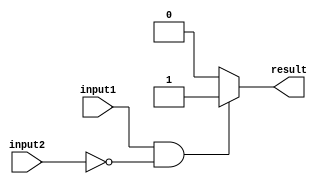
module conditional_assign (
    input input1,
    input input2,
    output reg result
);

always @(*) begin
    if (input1 == 1'b1 && input2 == 1'b0) begin
        result = 1'b1;
    end else begin
        result = 1'b0;
    end
end

endmodule